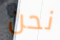
نحن